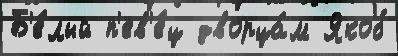
Б'е́лый п'ев'е́ц дворца́м Якоб